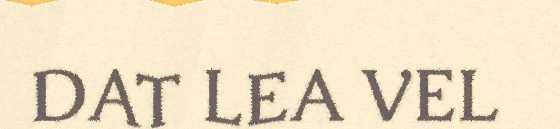
DAT LEA VEL